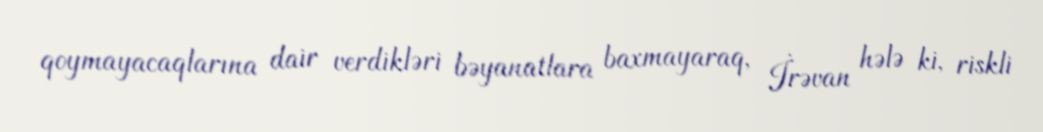
qoymayacaqlarına dair verdikləri bəyanatlara baxmayaraq, İrəvan hələ ki, riskli